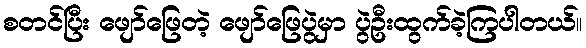
စတင်ပြီး ဖျော်ဖြေတဲ့ ဖျော်ဖြေပွဲမှာ ပွဲဦးထွက်ခဲ့ကြပါတယ်။